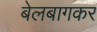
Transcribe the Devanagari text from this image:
बेलबागकर